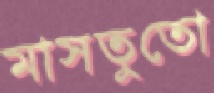
মাসতুতো